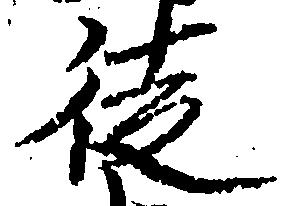
徒